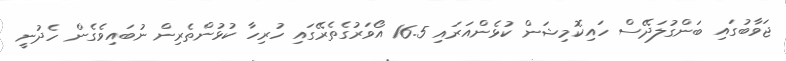
ޖަވާބުގައި ބަންގުލަދޭސް ހައިކޮމިޝަން ކުޅެންއަރައި 16.5 އޯވަރުގެތެރޭގައި ހުރިހާ ކުޅުންތެރިން ނުބައިވެގެން ހެދުނީ